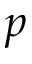
p